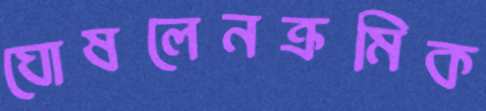
ঘোষলেনক্রমিক